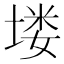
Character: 𪣻